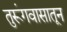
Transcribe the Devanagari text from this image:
तुरूंगवासातून